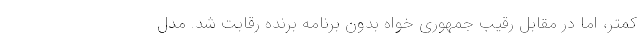
کمتر، اما در مقابل رقیب جمهوری خواه بدون برنامه برنده رقابت شد. مدل